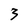
Character: 3